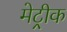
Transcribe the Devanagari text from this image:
मेट्रीक